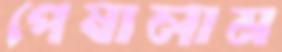
পেষালাম